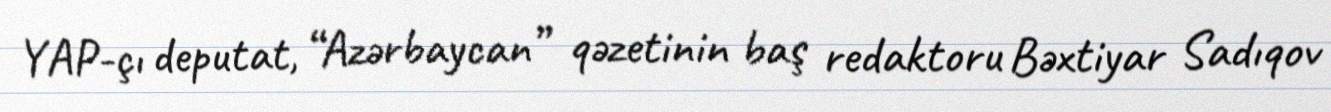
YAP-çı deputat, “Azərbaycan” qəzetinin baş redaktoru Bəxtiyar Sadıqov